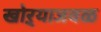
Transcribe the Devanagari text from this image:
खोऱ्याजवळ